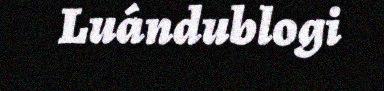
Luándublogi